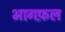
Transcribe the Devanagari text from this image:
भागफ़ल